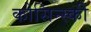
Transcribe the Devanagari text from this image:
कोसिन्स्की